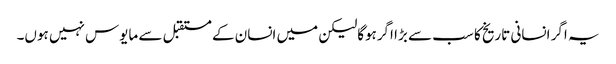
یہ اگر انسانی تاریخ کا سب سے بڑا اگرہوگالیکن میں انسان کے مستقبل سے مایوس نہیں ہوں۔